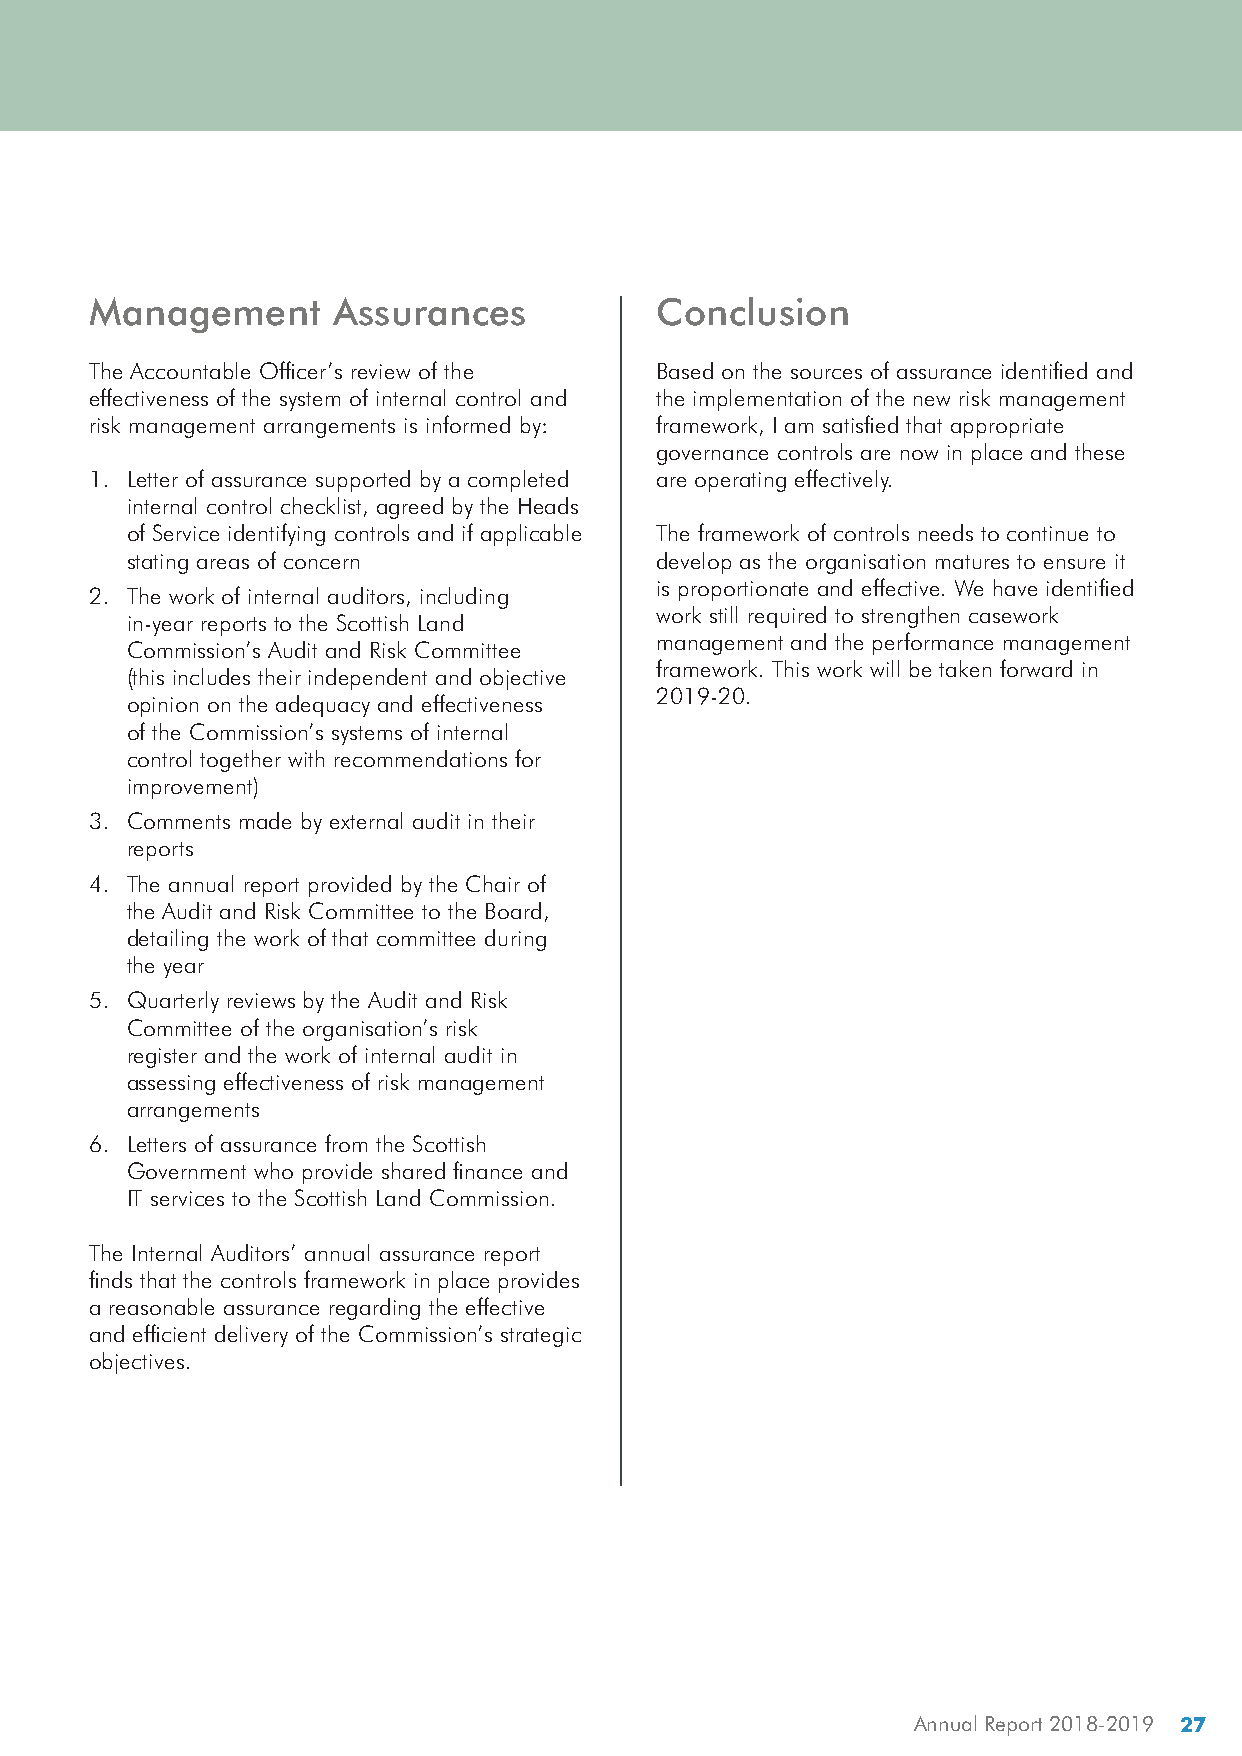
Management      Assurances            Conclusion
 The Accountable Officer’s review of the Based on the sources of assurance identified and
 effectiveness of the system of internal control and the implementation of the new risk management
 risk management arrangements is informed by: framework, I am satisfied that appropriate
 governance controls are now in place and these
 1. Letter of assurance supported by a completed are operating effectively.
 internal control checklist, agreed by the Heads
 of Service identifying controls and if applicable The framework of controls needs to continue to
 stating areas of concern           develop as the organisation matures to ensure it
 is proportionate and effective. We have identified
 2. The work of internal auditors, including
 work still required to strengthen casework
 in-year reports to the Scottish Land
 management and the performance management
 Commission’s Audit and Risk Committee
 framework. This work will be taken forward in
 (this includes their independent and objective
 2019-20.
 opinion on the adequacy and effectiveness
 of the Commission’s systems of internal
 control together with recommendations for
 improvement)
 3. Comments made by external audit in their
 reports
 4. The annual report provided by the Chair of
 the Audit and Risk Committee to the Board,
 detailing the work of that committee during
 the year
 5. Quarterly reviews by the Audit and Risk
 Committee of the organisation’s risk
 register and the work of internal audit in
 assessing effectiveness of risk management
 arrangements
 6. Letters of assurance from the Scottish
 Government who provide shared finance and
 IT services to the Scottish Land Commission.
 The Internal Auditors’ annual assurance report
 finds that the controls framework in place provides
 a reasonable assurance regarding the effective
 and efficient delivery of the Commission’s strategic
 objectives.
 Annual Report 2018-2019 27